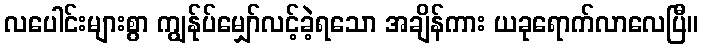
လပေါင်းများစွာ ကျွန်ုပ်မျှော်လင့်ခဲ့ရသော အချိန်ကား ယခုရောက်လာလေပြီ။